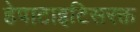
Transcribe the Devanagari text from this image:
हेपाटाइटिसरक्त